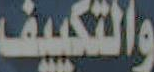
والتكييف